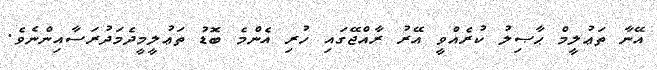
އޭނާ ތަޢުލީމް ޙާޞިލު ކުރެއްވީ އޭރު ރާއްޖޭގައި ހުރި އެންމެ ބޮޑު ތަޢުލީމީދެމަދުރަސާއިންނެވެ.